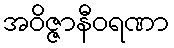
အဝိဇ္ဇာနီဝရဏာ